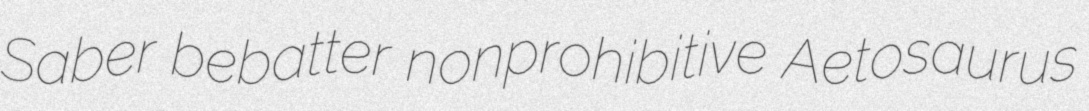
Saber bebatter nonprohibitive Aetosaurus